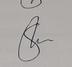
Signature authenticity: genuine